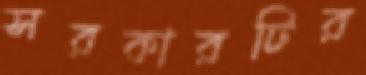
সরকারটির